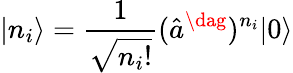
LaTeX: |n_{i}\rangle=\frac{1}{\sqrt{n_{i}!}}(\hat{a}^{\dag})^{n_{i}}|0\rangle